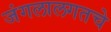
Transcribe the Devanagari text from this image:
जंगलालगतचे